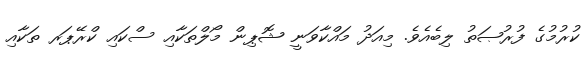
ކުރުމުގެ ފުރުޞަތު ލިބެއެވެ. މިއަދު މައްކާވަނީ ޝޮޕިން މޯލްތަކާއި ސްކައި ކްރޭޕަރ ތަކާއި